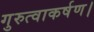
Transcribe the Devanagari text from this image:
गुरुत्वाकर्षण।